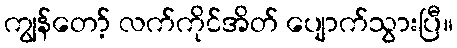
ကျွန်တော့် လက်ကိုင်အိတ် ပျောက်သွားပြီ။